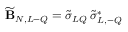
\widetilde { \bf B } _ { N , L - Q } = \widetilde \sigma _ { L Q } \, \widetilde \sigma _ { L , - Q } ^ { * }